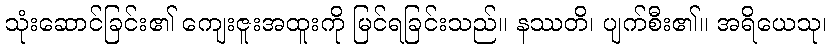
သုံးဆောင်ခြင်း၏ ကျေးဇူးအထူးကို မြင်ရခြင်းသည်။ နဿတိ၊ ပျက်စီး၏။ အရိယေသု၊